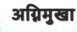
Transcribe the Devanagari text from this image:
अग्निमुखा